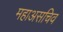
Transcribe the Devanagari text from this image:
महाअसचिव